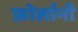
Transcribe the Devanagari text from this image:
फ़ोर्लानी